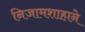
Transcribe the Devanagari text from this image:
निजामशाहाने